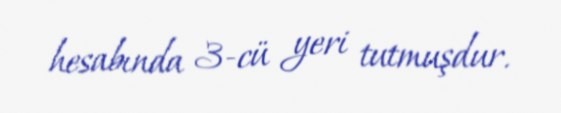
hesabında 3-cü yeri tutmuşdur.